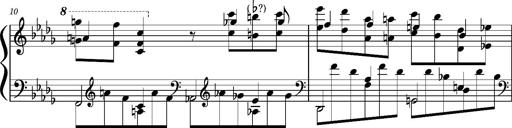
Title: Concerto sans orchestre, S.524a
Composer: Franz Liszt
Key: A major